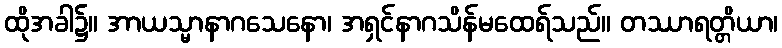
ထိုအခါ၌။ အာယသ္မာနာဂသေနော၊ အရှင်နာဂသိန်မထေရ်သည်။ တဿာရတ္တိယာ၊